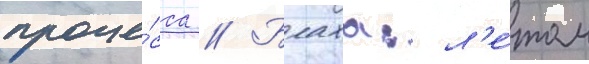
проце́сса // Блаха: л'е́том